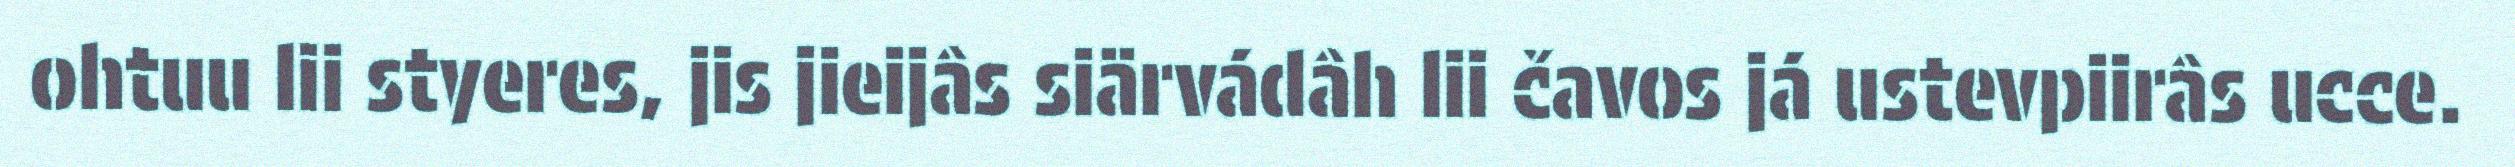
ohtuu lii styeres, jis jieijâs siärvádâh lii čavos já ustevpiirâs ucce.